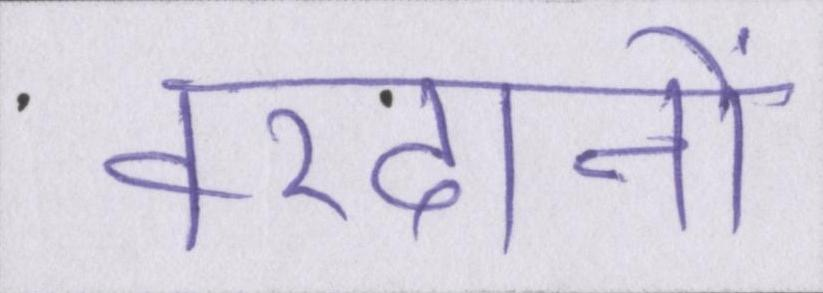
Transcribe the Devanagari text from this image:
वरदानों